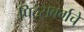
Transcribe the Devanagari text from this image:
पिट्सबर्गचे